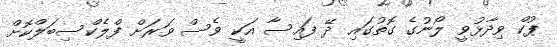
ޕުކް ވިދާޅުވީ ލޯނުގެ ގޮތުގައި ދޭ ފައިސާ އަކީ ވެސް ވަރަށް ފްލެކްސިބަލްކޮށް